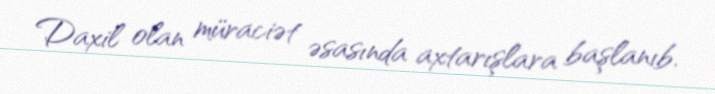
Daxil olan müraciət əsasında axtarışlara başlanıb.